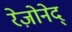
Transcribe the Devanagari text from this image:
रेज़ोनेद्